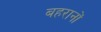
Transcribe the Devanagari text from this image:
बहरानों